Annual report on the Civil Veterinary Department, Burma (including the Insein Veterinary School) - 1932-1941
Year: 1932
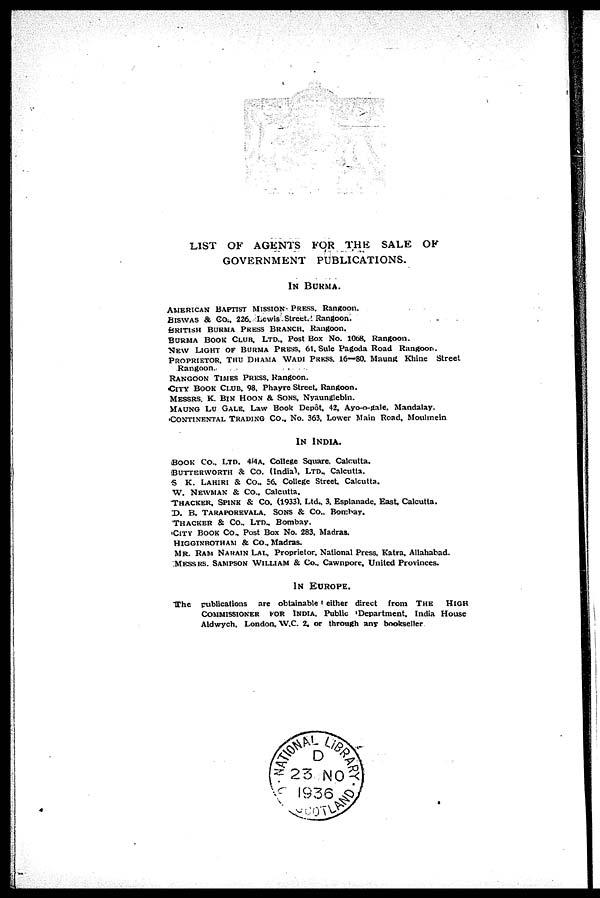
LIST OF AGENTS FOR THE SALE OF
GOVERNMENT PUBLICATIONS.
IN BURMA.
AMERICAN BAPTIST MISSION PRESS, Rangoon.
BISWAS & CO., 226, Lewis Street, Rangoon.
BRITISH BURMA PRESS BRANCH, Rangoon.
BURMA BOOK CLUB, LTD., Post Box No. 1068, Rangoon.
NEW LIGHT OF BURMA PRESS, 61, Sule Pagoda Road Rangoon.
PROPRIETOR, THU DHAMA WADI PRESS, 16—80, Maung Khine Street
Rangoon.
RANGOON TIMES PRESS, Rangoon,
CITY BOOK CLUB, 98, Phayre Street, Rangoon.
MESSRS, K. BIN HOON & SONS, Nyaunglebin.
MAUNG LU GALE, Law Book Depôt, 42, Ayo-o-gale, Mandalay.
CONTINENTAL TRADING Co., No. 363, Lower Main Road, Moulmein
IN INDIA.
BOOK Co., LTD. 4/4A, College Square, Calcutta.
BUTTERWORTH & Co. (India), LTD., Calcutta.
S K. LAHIRI & Co., 56, College Street Calcutta.
W. NEWMAN & Co., Calcutta.
THACKER, SPINK & Co. (1933), Ltd., 3, Esplanade, East, Calcutta.
D. B. TARAPOREVALA, SONS & Co., Bombay.
THACKER & Co., LTD., Bombay.
CITY BOOK Co., Post Box No. 283, Madras.
HIGGINBOTHAM & Co., Madras.
MR. RAM NARAIN LAL, Proprietor, National Press, Katra, Allahabad.
MESSRS, SAMPSON WILLIAM & Co., Cawnpore, United Provinces.
IN EUROPE.
The publications are obtainable either direct from THE HIGH
COMMISSIONER FOR INDIA. Public Department, India House
Aldwych, London, W.C. 2, or through any bookseller.